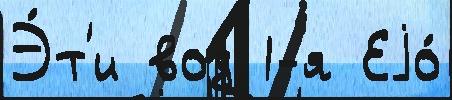
Э́т'и вод 1-я Еjо́